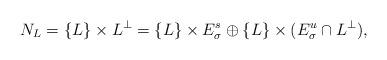
LaTeX: \begin{align*}N_L = \{L\} \times L^\perp = \{L\} \times E^s_\sigma \oplus \{L\} \times (E^u_\sigma \cap L^\perp),\end{align*}